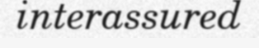
interassured